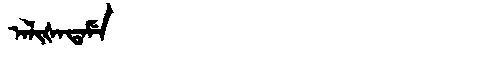
Manchu: ᠠᠯᡳᡧᠠᡨᠠᠮᡝ
Romanization: ALIŠATAME